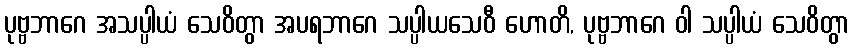
ပုဗ္ဗဘာဂေ အသပ္ပါယံ သေဝိတွာ အပရဘာဂေ သပ္ပါယသေဝီ ဟောတိ, ပုဗ္ဗဘာဂေ ဝါ သပ္ပါယံ သေဝိတွာ